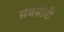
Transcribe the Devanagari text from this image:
सबसीडी